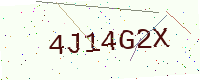
Text: 4J14G2X